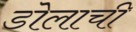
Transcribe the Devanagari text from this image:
डोलाची